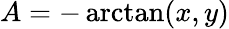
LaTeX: A=-\arctan(x,y)